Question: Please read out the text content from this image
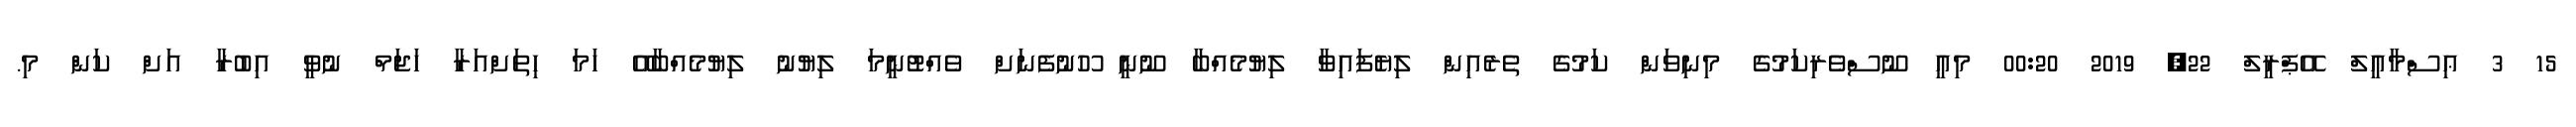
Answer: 15 3 ޢިސްމާއީލް އޭޕްރީލް 22, 2019 00:20 މިއީ ނޫސްވެރިކަމުގެ މިނިވަން ކަމުގެ ތެރެއިން ލިޔެފައިވާ ލިޔުމެއްބާ ނޫނީ ހޫނުފެނަށް ވެއްޓުނީމަ ލިޔުނު ލިޔުމެއްބާއޭ ހަމަ ހިތަށްއަރާ ހަޖަމް ނުވީ އިބުރާ އަށް ކަން މި.